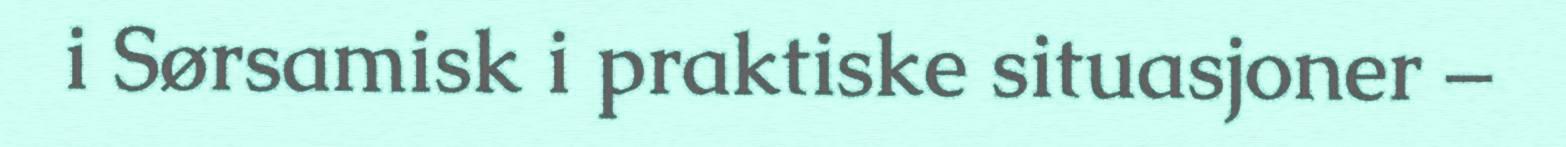
i Sørsamisk i praktiske situasjoner –